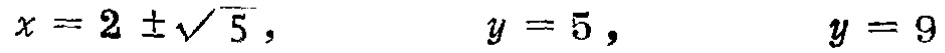
\(x = 2 \pm\sqrt{5}, \quad y = 5, \quad y = 9\)